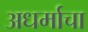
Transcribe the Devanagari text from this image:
अधर्माचा